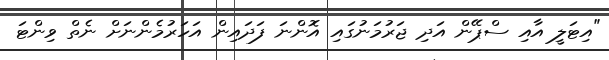
"އިޓަލީ އާއި ސްޕޭން އަދި ޖަރުމަނުގައި އޮންނަ ފަދައިން އަހަރުމެންނަށް ނެތް ވިންޓަ